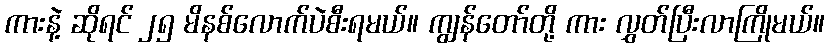
ကားနဲ့ ဆိုရင် ၂၅ မိနစ်လောက်ပဲစီးရမယ်။ ကျွန်တော်တို့ ကား လွှတ်ပြီးလာကြိုမယ်။